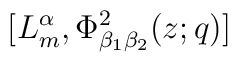
[L^{\alpha}_m , \Phi^2_{\beta_1 \beta_2} (z;q)]\